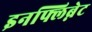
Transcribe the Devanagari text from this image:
इनफ्लिब्नेट